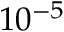
1 0 ^ { - 5 }